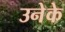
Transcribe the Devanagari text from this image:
उनेके